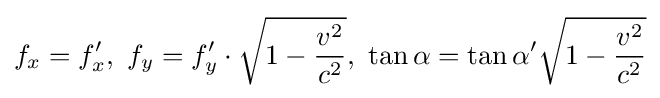
f_{x}=f'_{x},\ f_{y}=f'_{y}\cdot {\sqrt {1-{\frac {v^{2}}{c^{2}}}}},\ \tan \alpha =\tan \alpha '{\sqrt {1-{\frac {v^{2}}{c^{2}}}}}